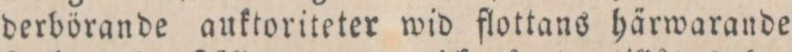
derbörande auktoriteter wid flottans härwarande